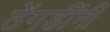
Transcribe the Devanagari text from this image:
ठेंगडींनी